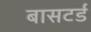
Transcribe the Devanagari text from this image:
बासटर्ड